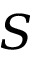
S